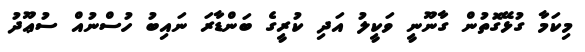
މިކަމާ ގުޅޭގޮތުން ގާނޫނީ ވަކީލު އަދި ކުރީގެ ބަންޑާރަ ނައިބު ހުސްނުއް ސުޢޫދު